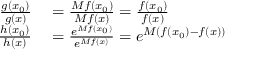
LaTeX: \begin{array} { r l } { { \frac { g ( x _ { 0 } ) } { g ( x ) } } } & { { } = { \frac { M f ( x _ { 0 } ) } { M f ( x ) } } = { \frac { f ( x _ { 0 } ) } { f ( x ) } } } \\ { { \frac { h ( x _ { 0 } ) } { h ( x ) } } } & { { } = { \frac { e ^ { M f ( x _ { 0 } ) } } { e ^ { M f ( x ) } } } = e ^ { M ( f ( x _ { 0 } ) - f ( x ) ) } } \end{array}